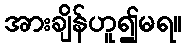
အားချိန်ဟူ၍မရ။